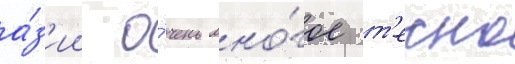
а́з'ии о́чень мно́гое т'есно